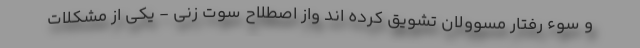
و سوء رفتار مسوولان تشویق کرده اند واز اصطلاح سوت زنی - یکی از مشکلات